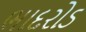
ભાદરોડ